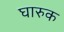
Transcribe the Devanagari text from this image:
घारुक